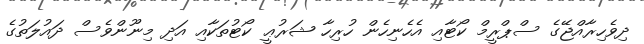
ދިވެހިރާއްޖޭގެ ސްޕްރީމް ކޯޓާއި އެހެނިހެން ހުރިހާ ޝަރުޢީ ކޯޓުތަކާއި އަދި މިނޫންވެސް ދައުލަތުގެ